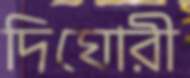
দিঘোরী